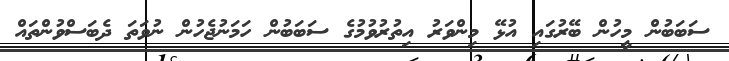
ސަބަބުން މީހުން ބޭރުގައި އުޅޭ މިންވަރު އިތުރުވުމުގެ ސަބަބުން ހަމަނުޖެހުން ނުވަތަ ދެބަސްވުންތައް